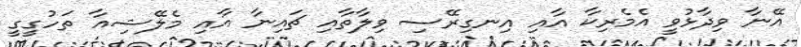
އޭނާ ވިދާޅުވީ އެމެރިކާ އާއި އިނގިރޭސި ވިލާތާއި ޗައިނާ އާއި މެލޭޝިއާ ތަހުގީގީ